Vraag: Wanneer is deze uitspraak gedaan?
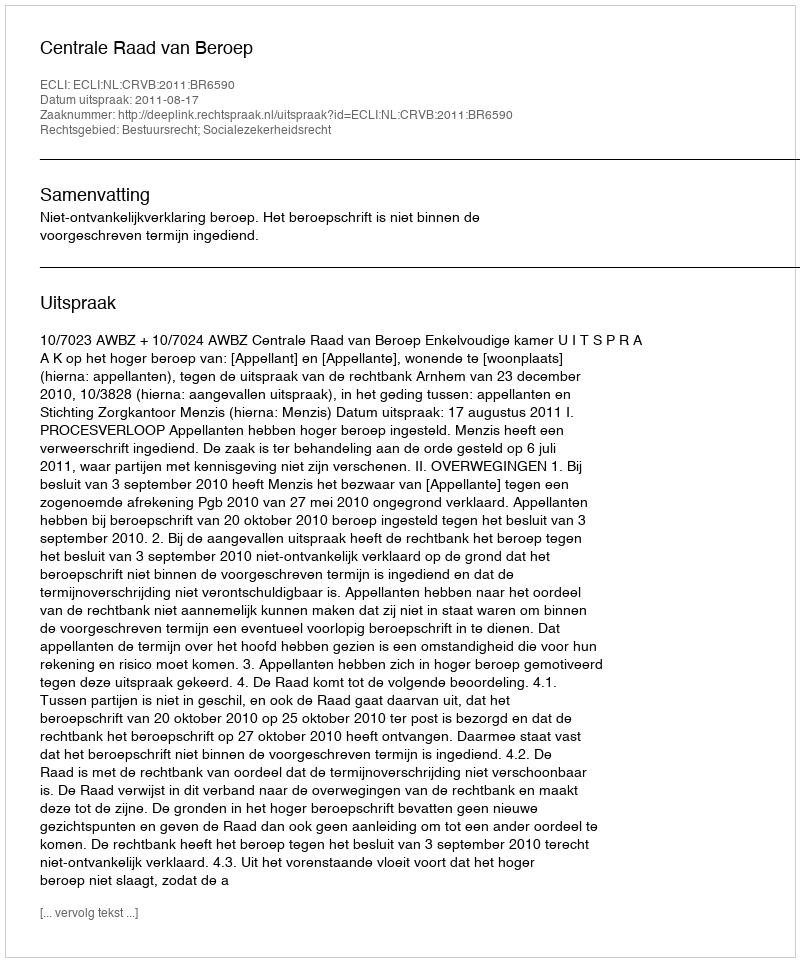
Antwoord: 2011-08-17